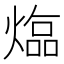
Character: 𤍸